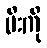
မီးကို